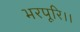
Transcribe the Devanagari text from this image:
भरपूरि।।